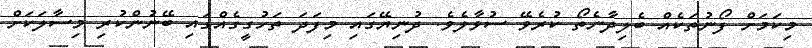
މިކަމަށް ފޯނުތަކެއް ބެލިދާނެތޯ ކުރެވޭ ސުވާލެވެ. ދުނިޔޭގައި މިފަދަ ތަހުގީގެއްގައި ބޭނުންކުރި މިސާލަކަށް